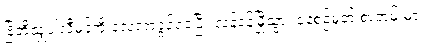
ဗြိတိသျှပါလီမန်ကို လေ့လာခွင့်ရခဲ့ပြီး လန်ဒန်မြို့သွား နေ့စဉ်မှတ် စာတမ်းမှာ